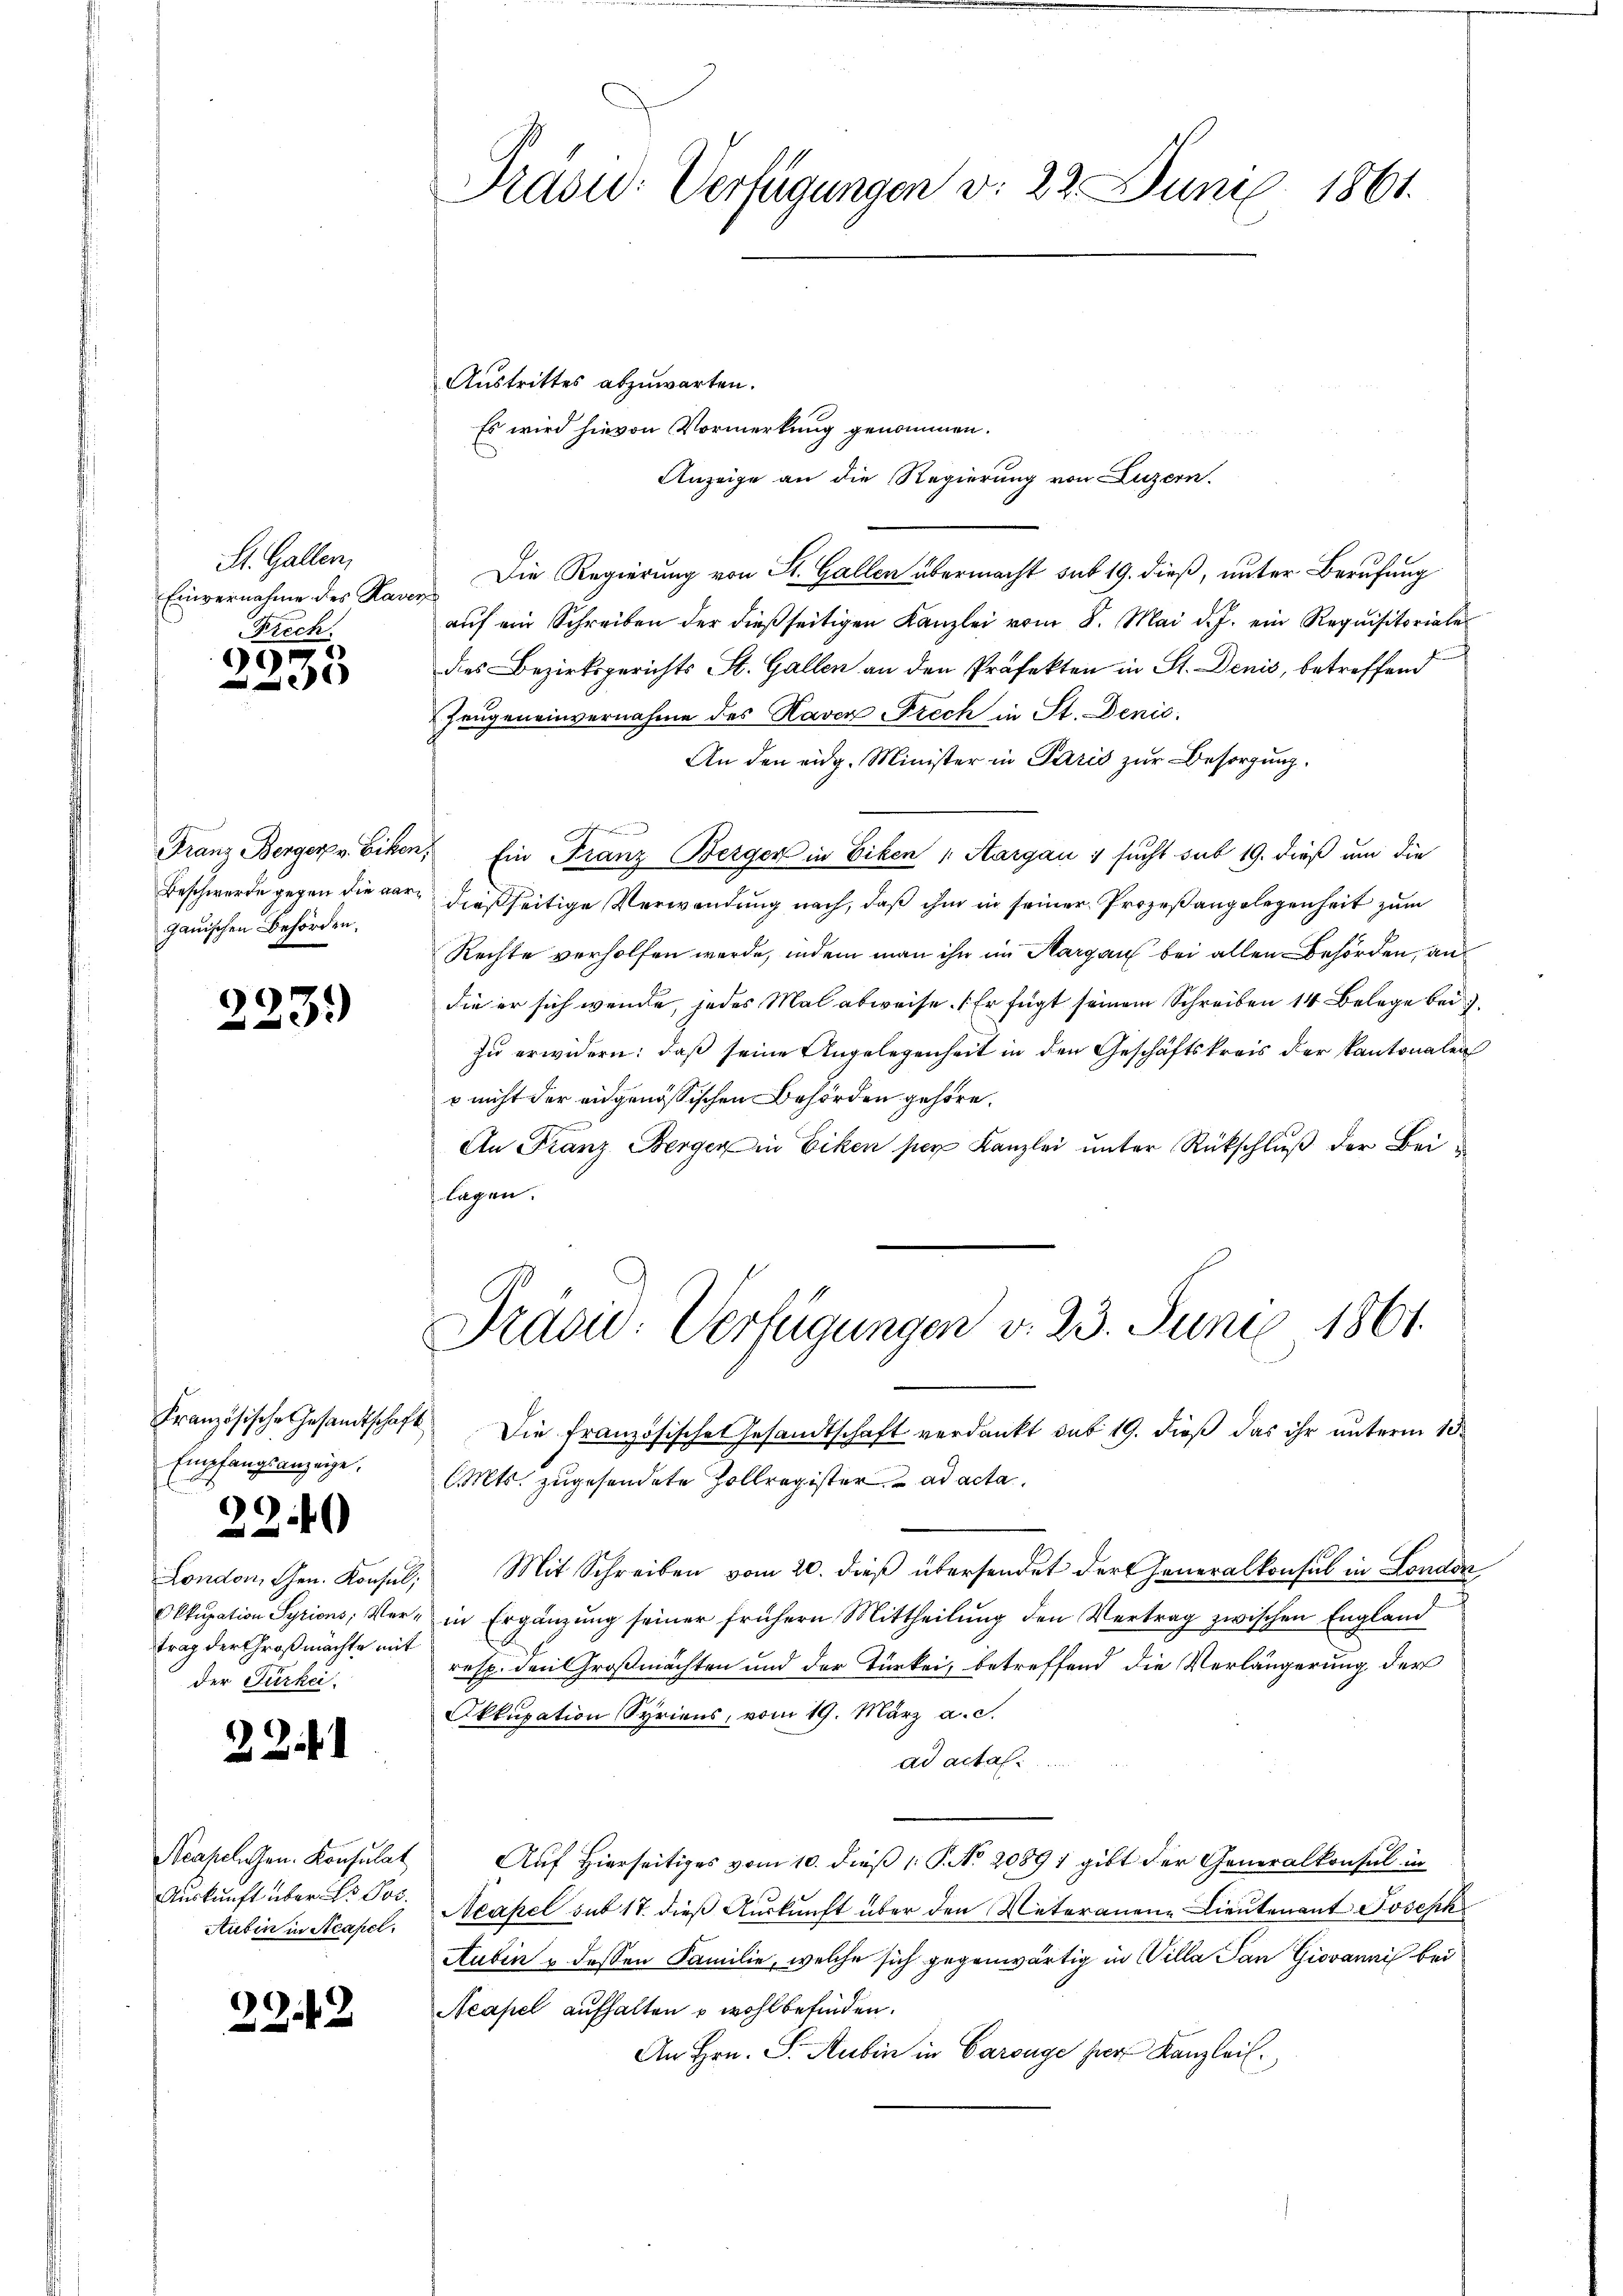
St. Gallen,
Krech

67

Jauischen Behörden.

223.

Empfangsanzeige.

22.40

trag der Großmächte mit
der Türkei

22.1

Neapel Gen. Konsulat
Auskunft über Dr Jos.
Aubin in Neapel.

23.12

Präsid. Verfügungen v. 22. Juni 1861.

Austrittes abzuwarten.
Es wird hievon Vormerkung genommen.
Anzeige an die Regierung von Luzern.
Einvernahme der Kann Die Regierŭng von St. Gallen übermacht sub 19. dieβ, ŭnter Berŭfŭng
aŭf ein Schreiben der dieβ seitigen Kanzlei vom 8. Mai d. J. ein Requisitoriale
des Bezirksgerichts St. Gallen an den Präfekten in St. Denis, betreffend
Zeugeneinvernahme des Raven Frech in St. Denic
An den eidg. Minister in Paris zur Besorgung.
ftu
Franz Bergerpv. Ecken. Ein Franz Berger in Eiken " Aargau 1 sucht sub 19. dieß um die
Beschwerde gegen die gar dießseitige Verwendung nach, daß ihm in seiner Prozeß angelegenheit zum
Rechte verholfen werde, indem man ihn im Margau bei allen Behörden, an
die er sich wende, jedes Mal abweise. Er fügt seinem Schreiben 14 Belege bei.
zu erwidern: daß seine Angelegenheit in den Geschäftskreis der Kantonalen
p nicht der eidgenössischen Behörden gehöre.
An Franz Berger in Eiken ser Kanzlei unter Rückschluß der Beilagen.

Präsid. Verfügungen v. 23. Juni 1861.

Französische Gesandtschaft Die französische Gesandtschaft verdankt sub 19. dieß das ihr unterm 15.
l. Mts. zugesendete Zollregister ad acta.
London, Chen. Konsul, Mit Schreiben vom 20. dieβ übersendet der Generalkonsul in London
Okkupation Syriens, Ver- in Ergänzŭng seiner frühern Mittheilŭng den Vertrag zwischen England
resp. den Großmachten und der Türkei, betreffend die Verlängerung der
Okkupation Syriens, vom 19. März a. c.
ad actat .....
Auf Hierseitiges vom 10. dieß P. No 20891 gibt der Generalkonsul in
Neapel sub 17. dies Auskunft über den Vateranene Lieutenant Joseph
Aubin u dessen Familie, welche sich gegenwärtig in Villa San Giovannis bei
Neapel aufhalten u wohlbefinden.
An Hrn. S. Aubin in Carouge per Kanzleil